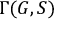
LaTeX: \Gamma ( G , S )